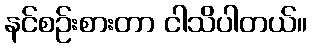
နင်စဉ်းစားတာ ငါသိပါတယ်။